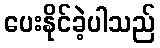
ပေးနိုင်ခဲ့ပါသည်